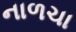
નાળચા